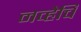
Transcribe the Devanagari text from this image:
नव्हेचि